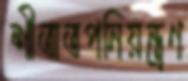
শীতাতপনিয়ন্ত্রণ